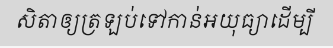
សិតាឲ្យត្រឡប់ទៅកាន់អយុធ្យាដើម្បី